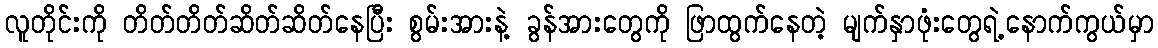
လူတိုင်းကို တိတ်တိတ်ဆိတ်ဆိတ်နေပြီး စွမ်းအားနဲ့ ခွန်အားတွေကို ဖြာထွက်နေတဲ့ မျက်နှာဖုံးတွေရဲ့နောက်ကွယ်မှာ